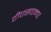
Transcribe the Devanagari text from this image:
टीएसएनए